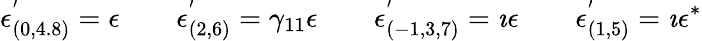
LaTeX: \epsilon_{(0,4.8)}^{'}=\epsilon\qquad\epsilon_{(2,6)}^{'}=\gamma_{11}\epsilon\qquad\epsilon_{(-1,3,7)}^{'}=\imath\epsilon\qquad\epsilon_{(1,5)}^{'}=\imath\epsilon^{\ast}